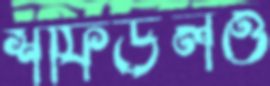
শফিউলও